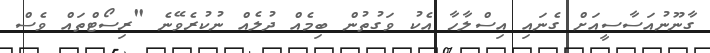
ގާނޫނުއަސާސީއަށް ގެނައި އިސްލާހާ އެކު ވަގުތުން ބިމެއް ދުލެއް ނުކުރެވޭނެ "ރިސޯޓްތައް ވެސް